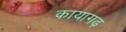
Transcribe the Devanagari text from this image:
कायागढ़